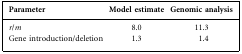
<table><thead><tr><td><b>Parameter</b></td><td><b>Model estimate</b></td><td><b>Genomic analysis</b></td></tr></thead><tbody><tr><td><i>r</i>/<i>m</i></td><td>8.0</td><td>11.3</td></tr><tr><td>Gene introduction/deletion</td><td>1.3</td><td>1.4</td></tr></tbody></table>